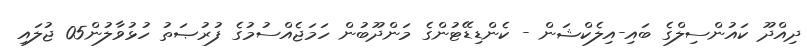
ދިއްދޫ ކައުންސިލްގެ ބައި-އިލެކްޝަން - ކެންޑިޑޭޓުންގެ މަންދޫބުން ހަމަޖެއްސުމުގެ ފުރުޞަތު ހުޅުވާލުން05 ޖުލައި